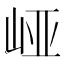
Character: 𱛝